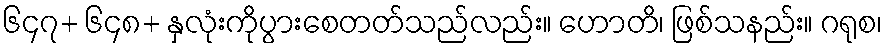
၆၄၇+ ၆၄၈+ နှလုံးကိုပွားစေတတ်သည်လည်း။ ဟောတိ၊ ဖြစ်သနည်း။ ဂရုစ၊